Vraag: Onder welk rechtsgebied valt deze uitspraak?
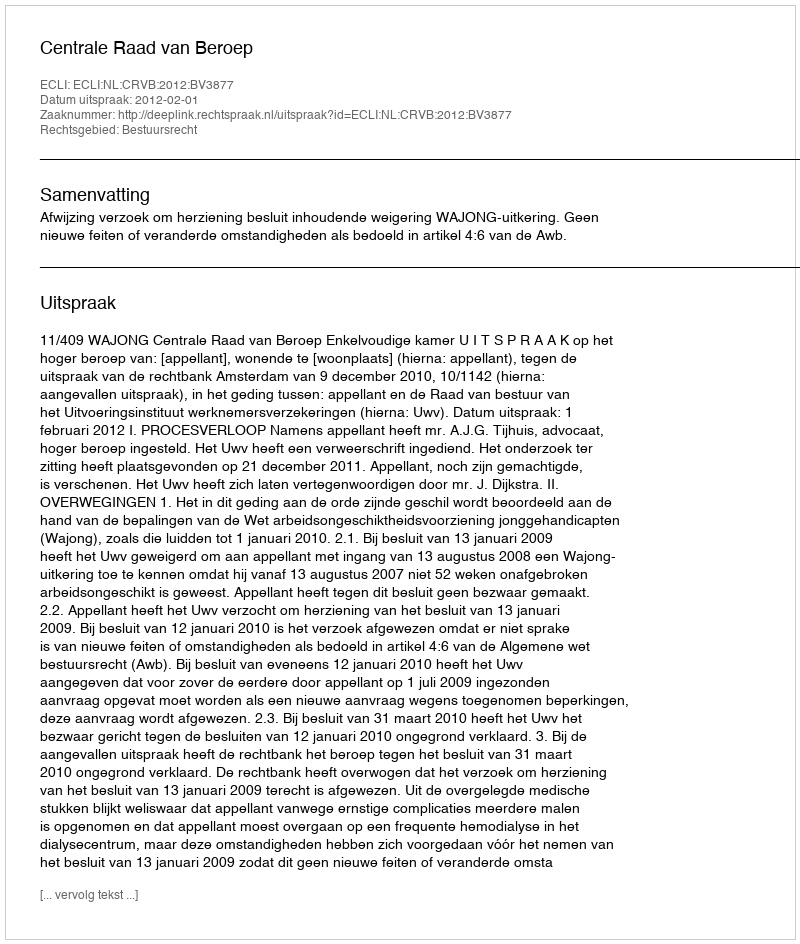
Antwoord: Bestuursrecht